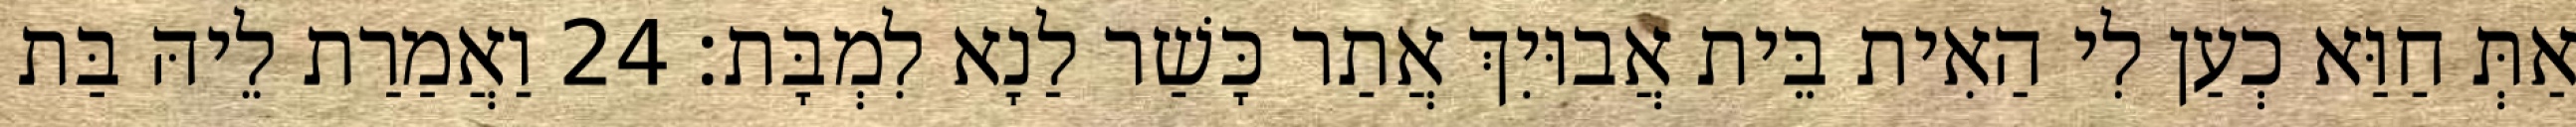
אַתְּ חַוַּא כְעַן לִי הַאִית בֵּית אֲבוּיִךְ אֲתַר כָּשַׁר לַנָא לִמְבָּת׃ 24 וַאֲמַרַת לֵיהּ בַּת